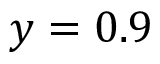
y = 0 . 9